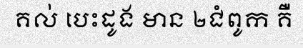
គល់ បេះដូង មាន ២ជំពូក គឺ